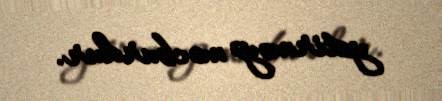
yetirməyə məcburdur.